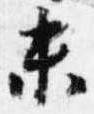
末